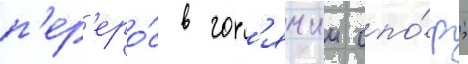
п'ер'еро́с в гор'ячии спо́р;